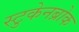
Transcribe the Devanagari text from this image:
स्टुकेनब्रोक